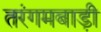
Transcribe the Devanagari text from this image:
तरंगमबाड़ी